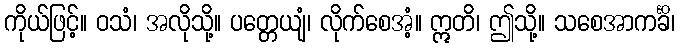
ကိုယ်ဖြင့်။ ဝသံ၊ အလိုသို့။ ပတ္တေယျံ၊ လိုက်စေအံ့။ ဣတိ၊ ဤသို့။ သစေအာကင်္ခိ၊